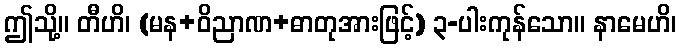
ဤသို့။ တီဟိ၊ (မန+ဝိညာဏ+ဓာတုအားဖြင့်) ၃-ပါးကုန်သော။ နာမေဟိ၊